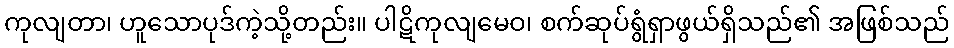
ကုလျတာ၊ ဟူသောပုဒ်ကဲ့သို့တည်း။ ပါဋိကုလျမေဝ၊ စက်ဆုပ်ရွံရှာဖွယ်ရှိသည်၏ အဖြစ်သည်